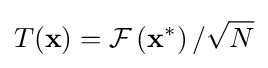
T(\mathbf {x} )={\mathcal {F}}\left(\mathbf {x} ^{*}\right)/{\sqrt {N}}